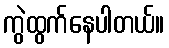
ကွဲထွက်နေပါတယ်။